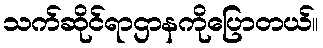
သက်ဆိုင်ရာဌာနကိုပြောတယ်။